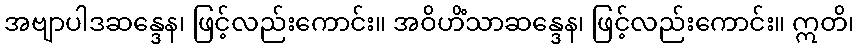
အဗျာပါဒဆန္ဒေန၊ ဖြင့်လည်းကောင်း။ အဝိဟိံသာဆန္ဒေန၊ ဖြင့်လည်းကောင်း။ ဣတိ၊